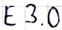
Text: E3.0